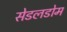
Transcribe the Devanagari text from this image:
सेडलडोम